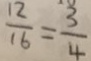
\frac { 1 2 } { 1 6 } = \frac { 3 } { 4 }